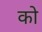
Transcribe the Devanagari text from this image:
को